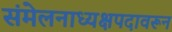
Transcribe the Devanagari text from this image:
संमेलनाध्यक्षपदावरून